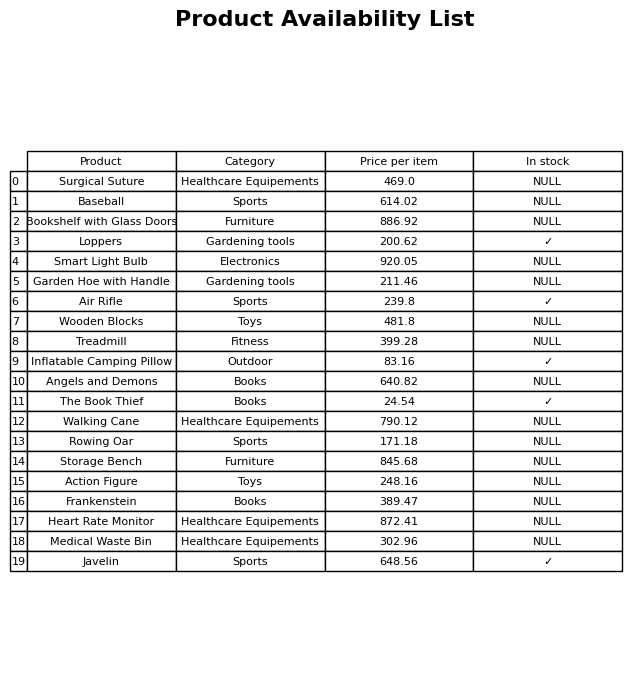
question: What is the stock status of the Heart Rate Monitor?
answer: NULL